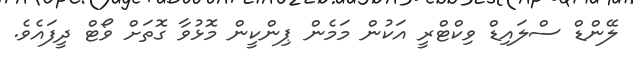
ލޭންޑް ސްލައިޑް ވިކްޓްރީ އަކުން މަމެން ޕިންކީން މޮޅުވާ ގޮތަށް ވޯޓް ދީފައެވެ.